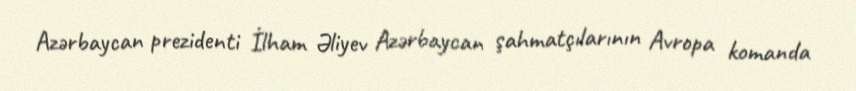
Azərbaycan prezidenti İlham Əliyev Azərbaycan şahmatçılarının Avropa komanda